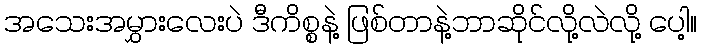
အသေးအမွှားလေးပဲ ဒီကိစ္စနဲ့ ဖြစ်တာနဲ့ဘာဆိုင်လို့လဲလို့ ပေါ့။